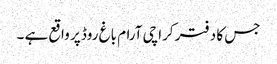
جس کا دفتر کراچی آرام باغ روڈ پر واقع ہے ۔